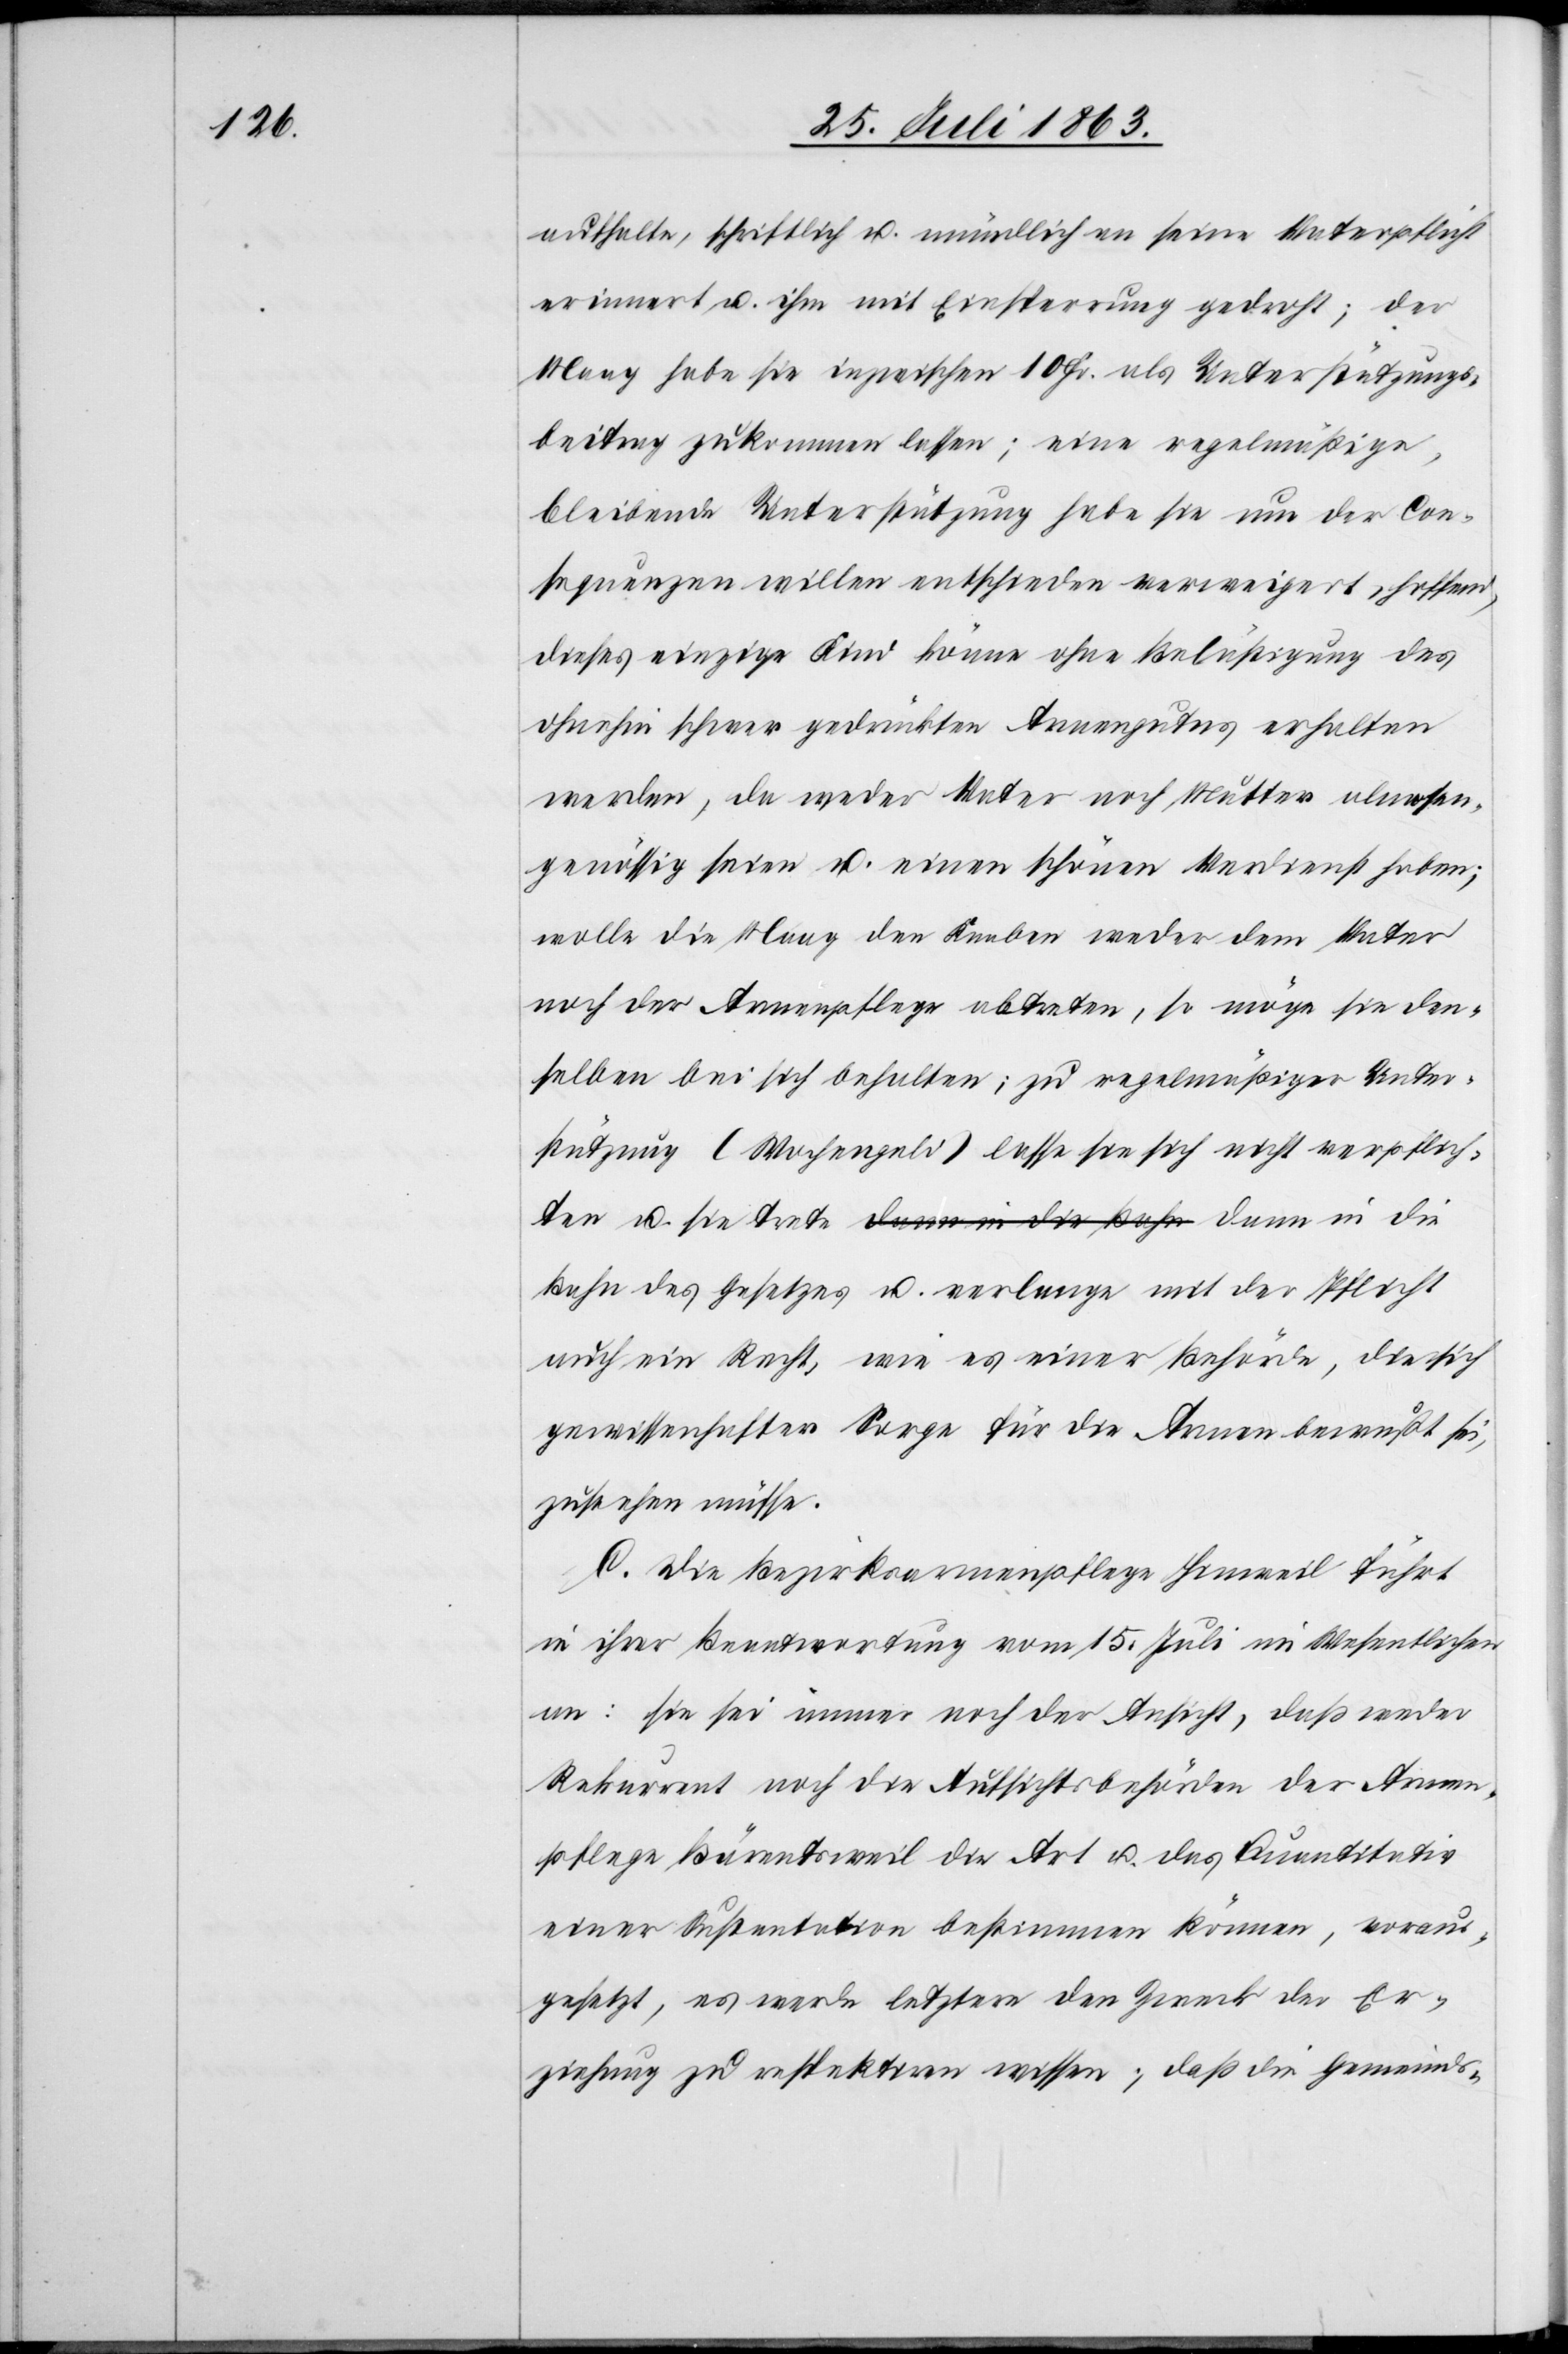
aufhalte, schriftlich u. mündlich an seine Vaterpflicht
erinnert u. ihm mit Einsperrung gedroht; der
Maag habe sie inzwischen 10 Fr. als Unterstützungs¬
beitrag zukommen lassen; eine regelmäßige,
bleibende Unterstützung habe sie um der Con¬
sequenzen willen entschieden verweigert, hoffend,
dieses einzige Kind könne ohne Belästigung des
ohnehin schwer gedrückten Armengutes erhalten
werden, da weder Vater noch Mutter almosen¬
genössig seien u. einen schönen Verdienst haben;
wolle die Maag den Knaben weder dem Vater
noch der Armenpflege abtreten, so möge sie den¬
selben bei sich behalten; zu regelmäßiger Unter¬
stützung (Wochengeld) lasse sie sich nicht verpflich¬
ten u. sie trete dann in die Bahn des Gesetzes
auch ein Recht, wie es in einer Behörde, die sich
gewissenhafter Sorge für die Armen bewußt sei,
zustehen müsse.
C. Die Bezirksarmenpflege Hinweil führt
in ihrer Beantwortung vom 15. Juli im Wesentlichen
an: sie sei immer noch der Ansicht, daß weder
Rekurrent noch die Aufsichtsbehörden der Armen¬
pflege Bärentsweil die Art u. das Quantitativ
einer Sustentation bestimmen können, voraus¬
gesetzt, es werde letztere den Zweck der Er¬
ziehung zu respektiren wissen; daß die Gemeinds-